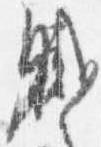
職